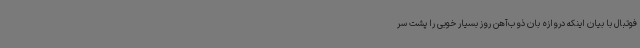
فوتبال با بیان اینکه دروازه بان ذوب‌آهن روز بسیار خوبی را پشت سر